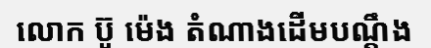
លោក ប៊ូ ម៉េង តំណាងដើមបណ្តឹង